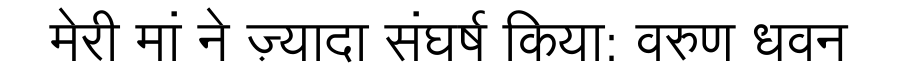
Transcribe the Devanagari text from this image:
मेरी मां ने ज़्यादा संघर्ष किया: वरुण धवन